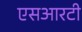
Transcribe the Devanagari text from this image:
एसआरटी